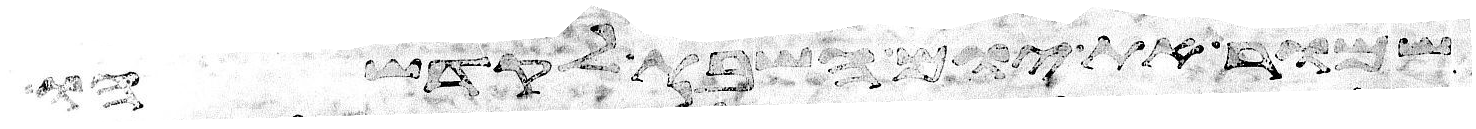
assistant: שמור את יום השבת לקדשהו